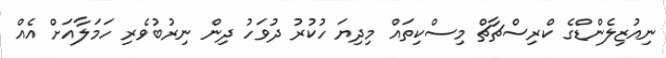
ނިއުޒިލެންޑްގެ ކްރިސްޗާޗް މިސްކިތައް މިދިޔަ ހުކުރު ދުވަހު ދިން ނިރުބުވެރި ހަމަލާއަށް އެއް